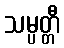
သမ္ပတ္တီ